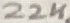
Text: 22K